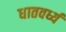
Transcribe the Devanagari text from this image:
धातवर्ध्य